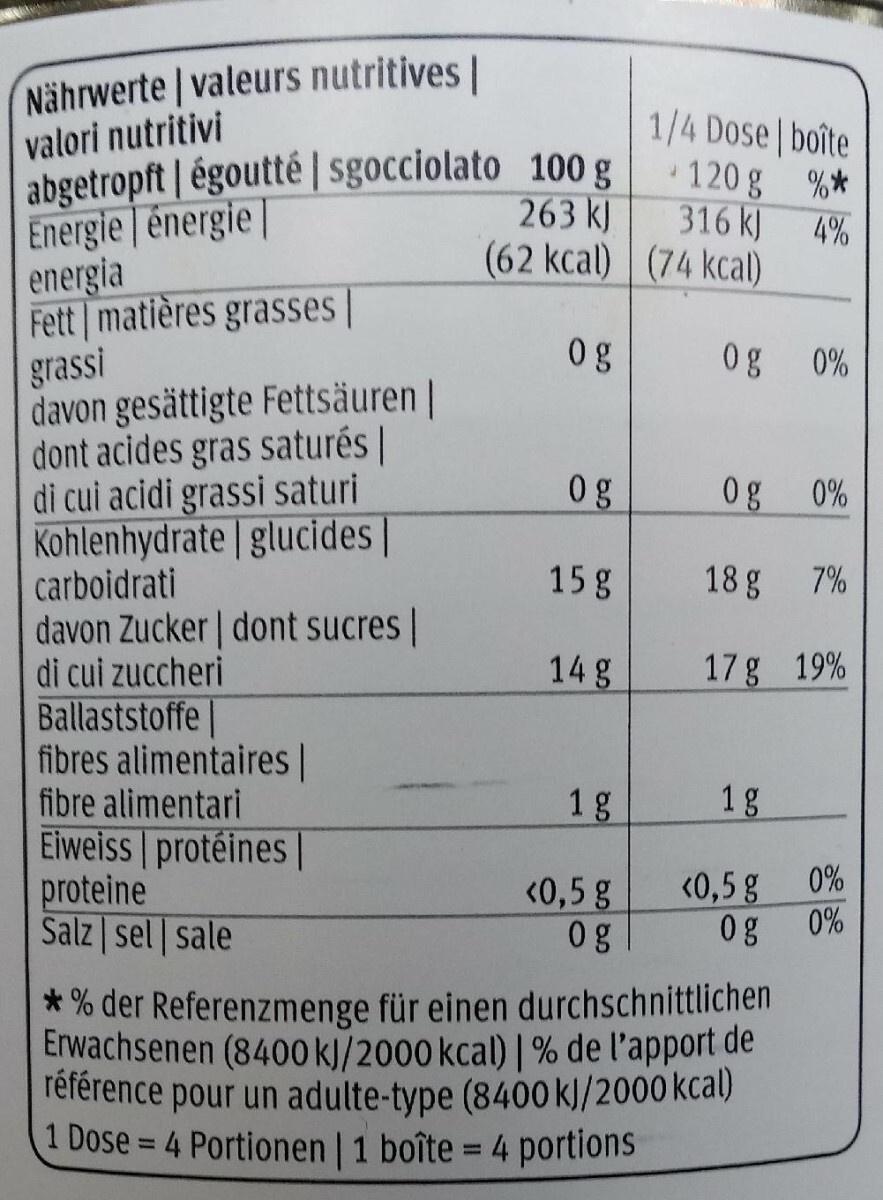
Nährwerte | valeurs nutritives |
valori nutritivi
abgetropft | égoutté | sgocciolato 100 g Energie énergie |
263 kJ
(62 kcal)
energia
Fett matières grasses |
og
grassi
davon gesättigte Fettsäuren | dont acides gras saturés | di cui acidi grassi saturi Kohlenhydrate glucides carboidrati
davon Zucker| dont sucres |
di cui zuccheri
Ballaststoffe
fibres alimentaires |
fibre alimentari
Eiweiss | protéines |
proteine
Salz sel sale
og
15 g
14 g
1 g
<0,5 g
og
1/4 Dose | boîte
%*
4%
120 g
316 kJ
(74 kcal)
J
0g 0%
Og
18 g
17 g 19%
1g
<0,5 g
0%
0%
0g 0%
*% der Referenzmenge für einen durchschnittlichen Erwachsenen (8400 kJ/2000 kcal) | % de l'apport de référence pour un adulte-type (8400 kJ/2000 kcal) 1 Dose = 4 Portionen | 1 boîte = 4 portions
7%